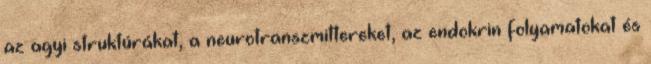
az agyi struktúrákat, a neurotranszmittereket, az endokrin folyamatokat és